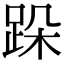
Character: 跺